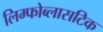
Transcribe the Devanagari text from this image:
लिम्फोब्लासटिक